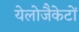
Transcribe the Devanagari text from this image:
येलोजैकेटों